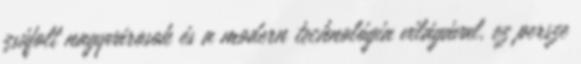
zsúfolt nagyvárosok és a modern technológia világával, ez persze